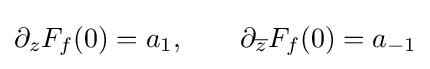
\partial _{z}F_{f}(0)=a_{1},\qquad \partial _{\overline {z}}F_{f}(0)=a_{-1}